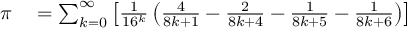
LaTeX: \begin{array} { r l } { \pi } & { { } = \sum _ { k = 0 } ^ { \infty } \left[ { \frac { 1 } { 1 6 ^ { k } } } \left( { \frac { 4 } { 8 k + 1 } } - { \frac { 2 } { 8 k + 4 } } - { \frac { 1 } { 8 k + 5 } } - { \frac { 1 } { 8 k + 6 } } \right) \right] } \end{array}